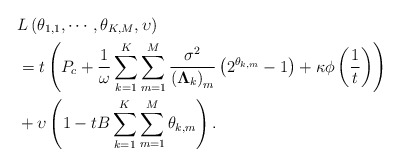
\begin{align*}&L\left(\theta_{1,1}, \cdots, \theta_{K,M}, \upsilon\right)\\&=t\left(P_c+\frac{1}{\omega}\sum_{k=1}^K\sum_{m=1}^M \frac{\sigma^2}{\left(\mathbf{\Lambda}_k\right)_{m}}\left(2^{\theta_{k,m}}-1\right)+\kappa\phi\left(\frac{1}{t}\right)\right)\\&+\upsilon \left(1-tB\sum_{k=1}^K\sum_{m=1}^M \theta_{k,m}\right).\end{align*}